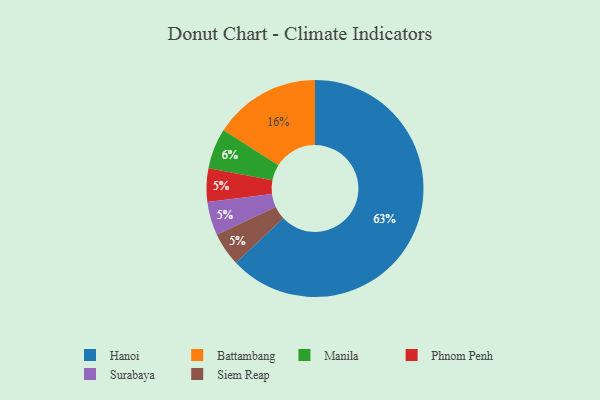
{"axis": {"x": "Category", "y": "Percentage"}, "legend": ["Battambang", "Hanoi", "Manila", "Phnom Penh", "Siem Reap", "Surabaya"], "data": [{"x": "Phnom Penh", "y": 5, "type": "Phnom Penh"}, {"x": "Surabaya", "y": 5, "type": "Surabaya"}, {"x": "Hanoi", "y": 63, "type": "Hanoi"}, {"x": "Siem Reap", "y": 5, "type": "Siem Reap"}, {"x": "Manila", "y": 6, "type": "Manila"}, {"x": "Battambang", "y": 16, "type": "Battambang"}]}